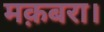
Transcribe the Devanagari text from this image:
मक़बरा।